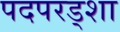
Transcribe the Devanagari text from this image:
पदपरड्शा